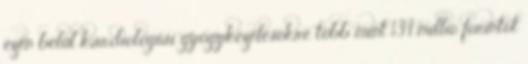
ezen belül kardiológiai gyógykezelésekre több mint 134 millió forintot